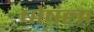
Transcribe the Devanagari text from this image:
षोषला